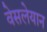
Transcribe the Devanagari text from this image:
वेसलेयान